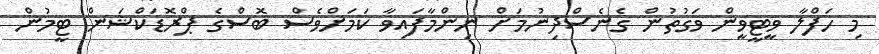
މި ހަފްލާ ވީޓީވީން ވަގުތުން ގެނެސްދިނުމަށް ނިންމާފައިވާ ކަމަށްވެސް ބޮސްގެ ޕްރޮޑަކްޝަން ޓީމުން